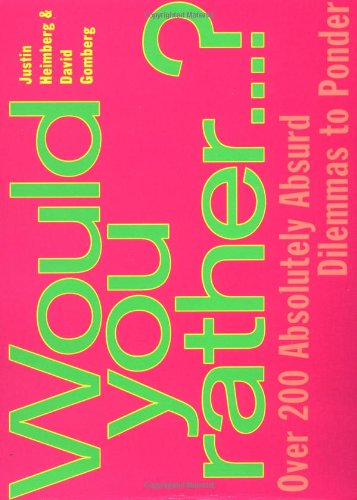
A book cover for Would You Rather...: Over 200 Absolutely Absurd Dilemmas to Ponder; David Gomberg; Humor & Entertainment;